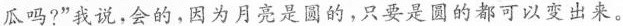
瓜吗?”我说，会的，因为月亮是圆的，只要是圆的都可以变出来。